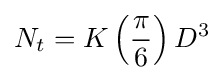
N_{t}=K\left({\frac {\pi }{6}}\right)D^{3}